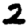
Digit: 2